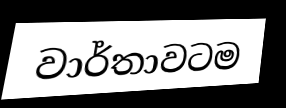
වාර්තාවටම